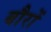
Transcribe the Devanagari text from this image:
बौरों